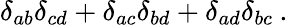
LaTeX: \delta_{ab}\delta_{cd}+\delta_{ac}\delta_{bd}+\delta_{ad}\delta_{bc}\: .